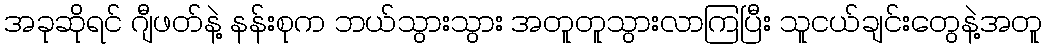
အခုဆိုရင် ဂျီဖတ်နဲ့ နန်းစုက ဘယ်သွားသွား အတူတူသွားလာကြပြီး သူငယ်ချင်းတွေနဲ့အတူ